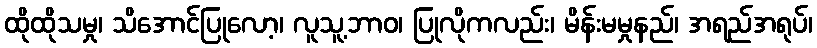
ထိုထိုသမှု၊ သိအောင်ပြုလော့၊ လူသူ့ဘာဝ၊ ပြုလိုကလည်း၊ မိန်းမမှုနည်၊ အရည်အရုပ်၊